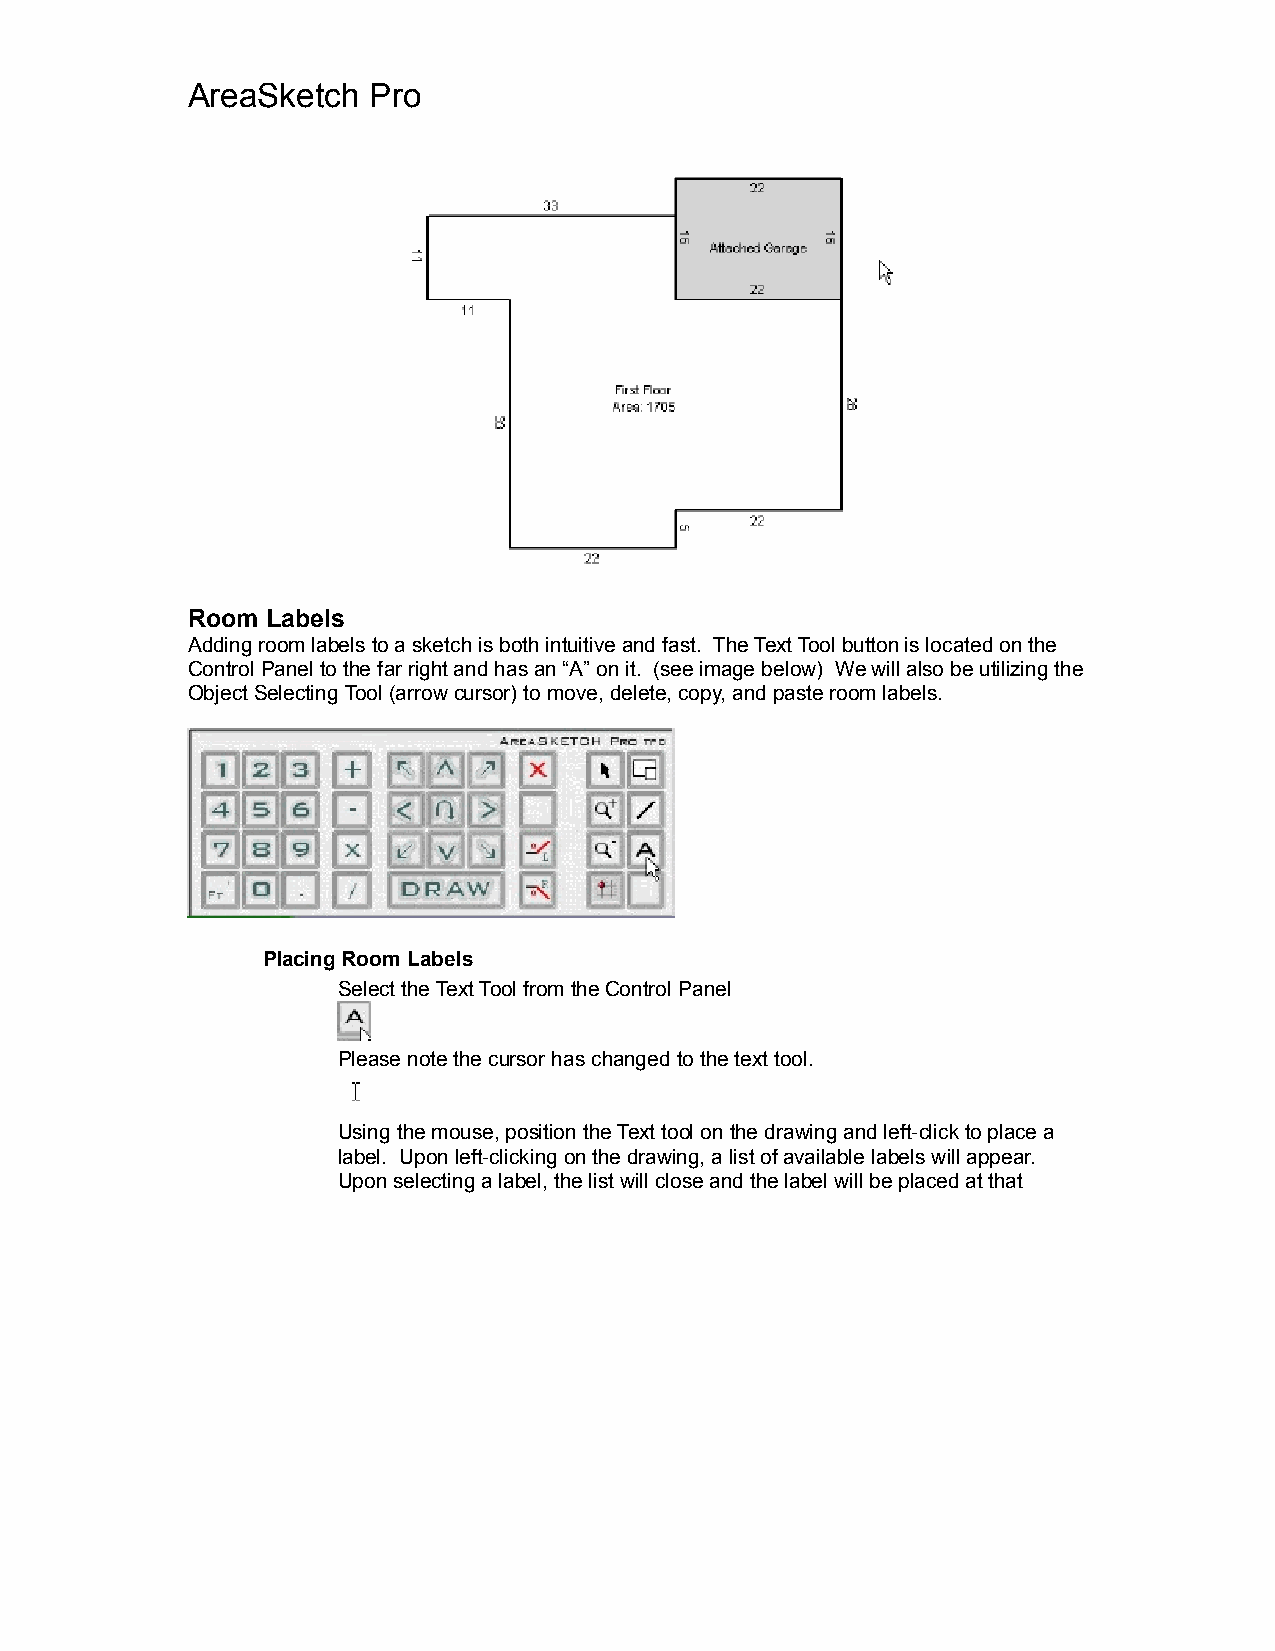
AreaSketch  Pro
 Room  Labels
 Adding room labels to a sketch is both intuitive and fast. The Text Tool button is located on the
 Control Panel to the far right and has an “A” on it. (see image below) We will also be utilizing the
 Object Selecting Tool (arrow cursor) to move, delete, copy, and paste room labels.
 Placing Room Labels
 Select the Text Tool from the Control Panel
 Please note the cursor has changed to the text tool.
 Using the mouse, position the Text tool on the drawing and left-click to place a
 label. Upon left-clicking on the drawing, a list of available labels will appear.
 Upon selecting a label, the list will close and the label will be placed at that